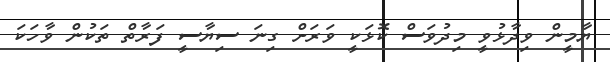
ޔާމީން ވިދާޅުވީ މިދުވަސް ކޮޅަކީ ވަރަށް ގިނަ ސިޔާސީ ފަރާތް ތަކުން ވާހަކަ